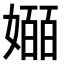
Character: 𫱯